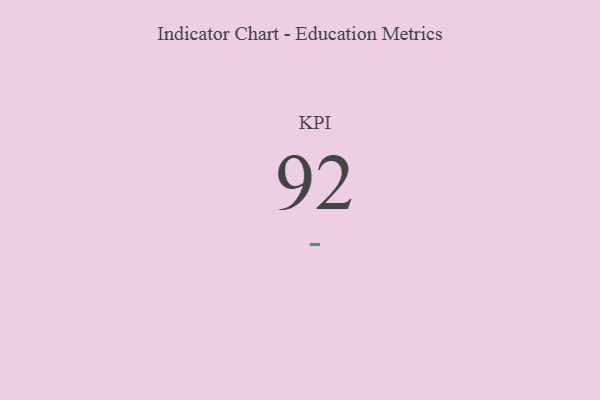
{"axis": {"x": "KPI", "y": "Value"}, "legend": [""], "data": [{"x": "KPI", "y": 92, "type": ""}]}